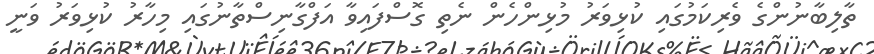
ތާލިބާނުންގެ ވެރިކަމުގައި ކުޅިވަރު މުޅިންހެން ނެތި ގޮސްފައިވާ އަފްގާނިސްތާނުގައި މިހާރު ކުޅިވަރު ވަނީ